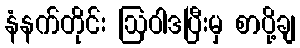
နံနက်တိုင်း ဩဝါဒပြီးမှ စာပို့ချ